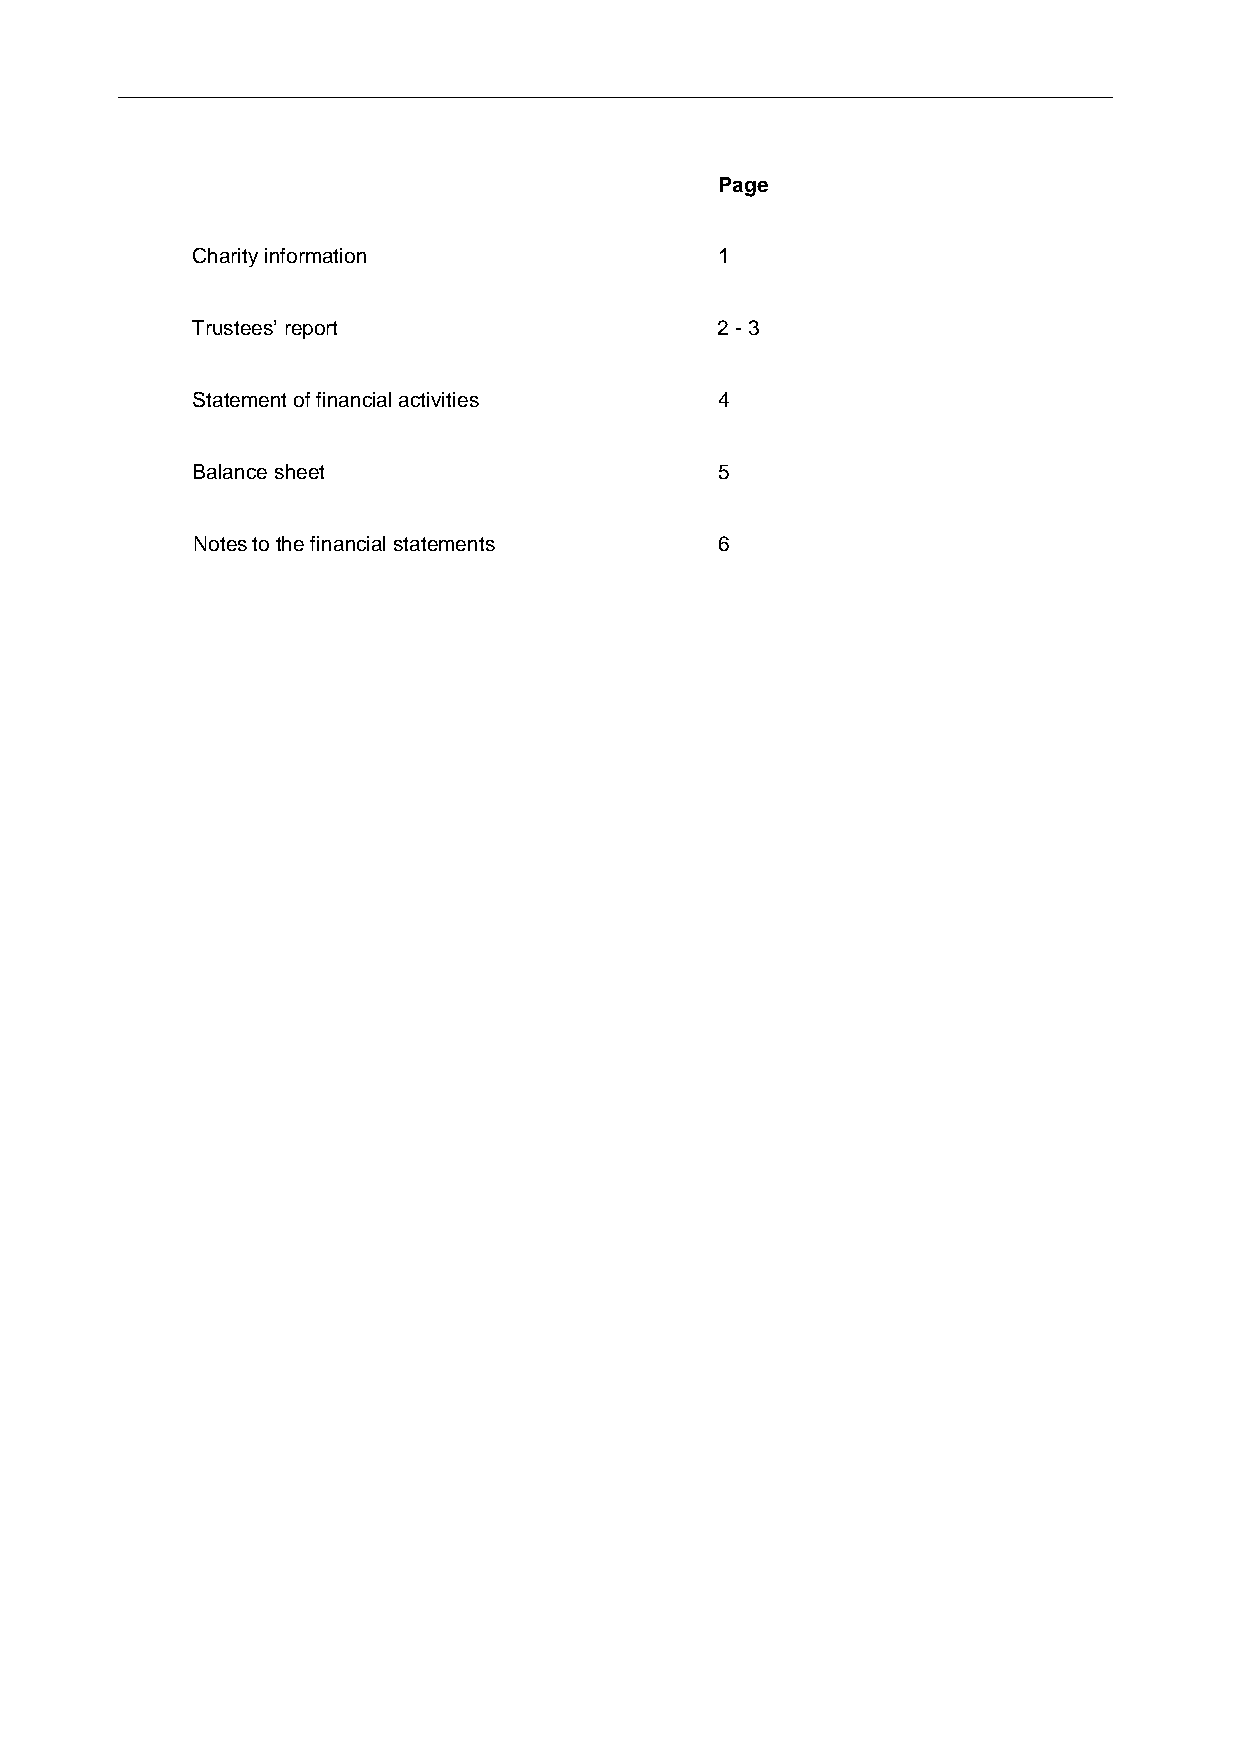
______________________________________________________________________________
 Page
 Charity information                1
 Trustees’ report                   2 - 3
 Statement of financial activities  4
 Balance sheet                      5
 Notes to the financial statements  6